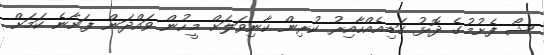
ޝޯ ފެށުމުގެ ދޮޅު ގަޑިއެއްހާއިރު ކުރިން ކާނިވަލަށް މީހުން ވައްދަން ފަށާނެ ކަަމަށް